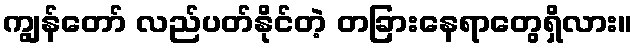
ကျွန်တော် လည်ပတ်နိုင်တဲ့ တခြားနေရာတွေရှိလား။